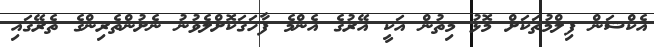
އެކްޝަން ފިލްމުތަކަށް މޮޅު މިތުން އަކީ އޭރުގެ އެންމެ ފާހަގަކޮށްލެވުނު ނެށުންތެރިންގެ ތެރޭގައި